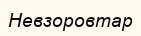
Невзоровтар